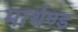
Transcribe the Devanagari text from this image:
मार्थण्ड